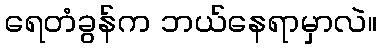
ရေတံခွန်က ဘယ်နေရာမှာလဲ။